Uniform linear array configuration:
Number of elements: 48
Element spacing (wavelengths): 0.5
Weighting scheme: blackman
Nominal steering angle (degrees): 15
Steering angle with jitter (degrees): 13.55
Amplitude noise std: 0.05
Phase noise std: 0.05

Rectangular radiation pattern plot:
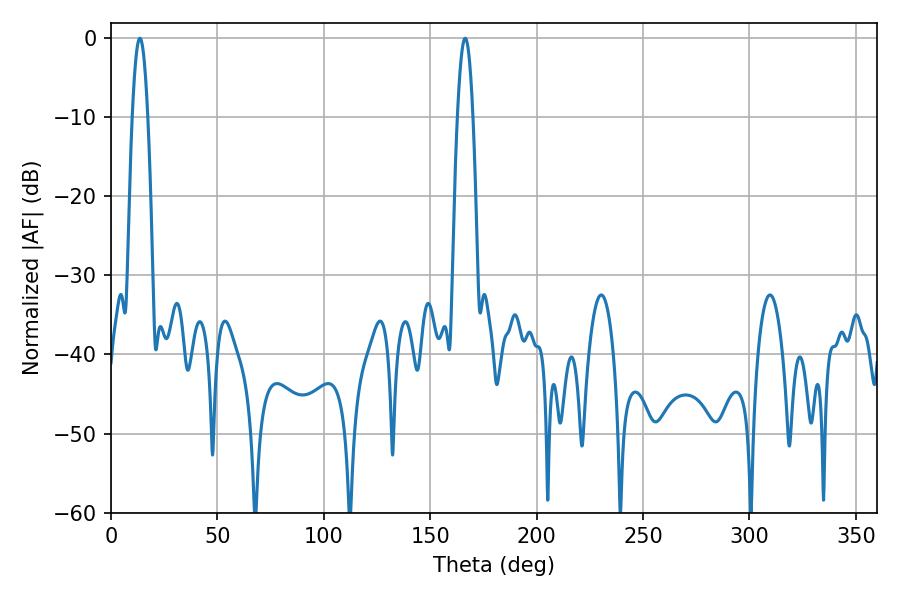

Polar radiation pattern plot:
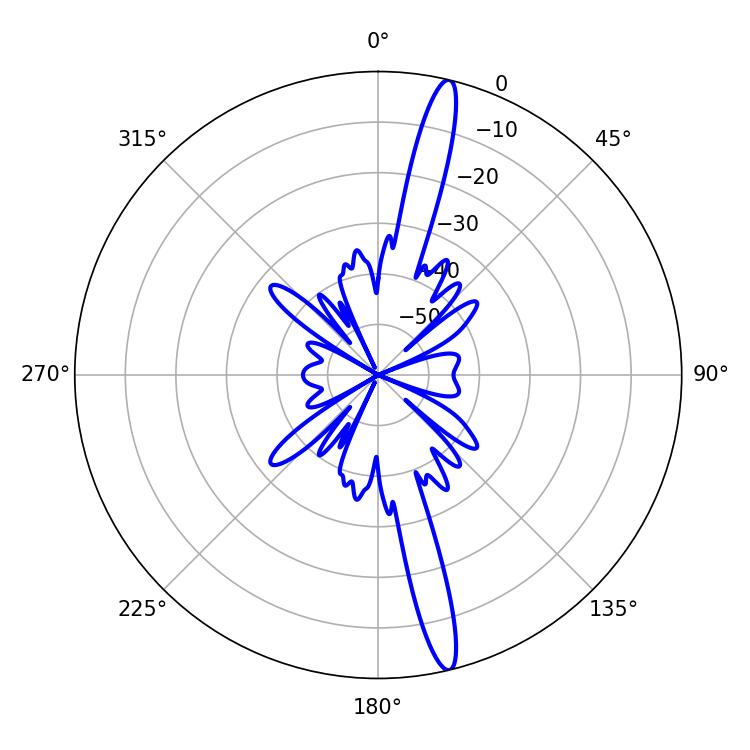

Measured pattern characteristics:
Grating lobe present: FALSE
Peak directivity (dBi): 17.488
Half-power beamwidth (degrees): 3.96
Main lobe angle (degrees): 13.5